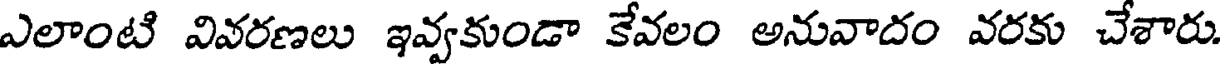
ఎలాంటి వివరణలు ఇవ్వకుండా కేవలం అనువాదం వరకు చేశారు